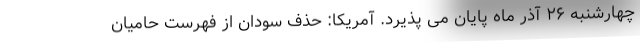
چهارشنبه ۲۶ آذر ماه پایان می پذیرد. آمریکا: حذف سودان از فهرست حامیان